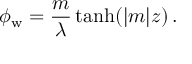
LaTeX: \phi _ { \mathrm { w } } = \frac { m } { \lambda } \operatorname { t a n h } ( | m | z ) \, .